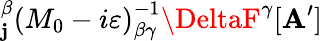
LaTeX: _{\mathbf{j}}^{\beta}\left(M_{0}-i\varepsilon\right)_{\beta\gamma}^{-1}\DeltaF^{\gamma}[\mathbf{A}^{\prime}]